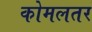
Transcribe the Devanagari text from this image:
कोमलतर